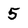
Character: 5